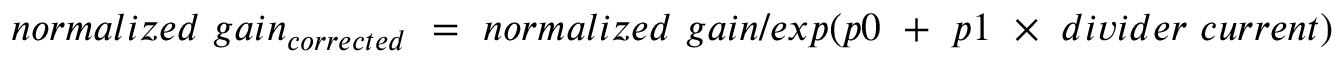
n o r m a l i z e d ~ g a i n _ { c o r r e c t e d } ~ = ~ n o r m a l i z e d ~ g a i n / e x p ( p 0 ~ + ~ p 1 ~ \times ~ d i v i d e r ~ c u r r e n t )